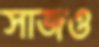
সাজও